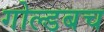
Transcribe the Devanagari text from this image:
गोल्डबच